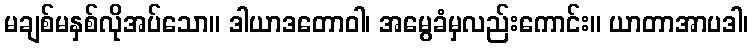
မချစ်မနှစ်လိုအပ်သော။ ဒါယာဒတောဝါ၊ အမွေခံမှလည်းကောင်း။ ယာတာအာပဒါ၊